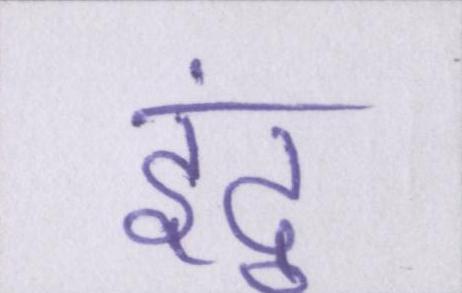
इंदु